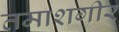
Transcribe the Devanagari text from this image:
तमाशगीर